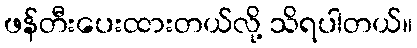
ဖန်တီးပေးထားတယ်လို့ သိရပါတယ်။